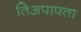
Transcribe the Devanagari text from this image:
तिअपापता